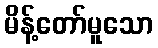
မိန့်တော်မူသော